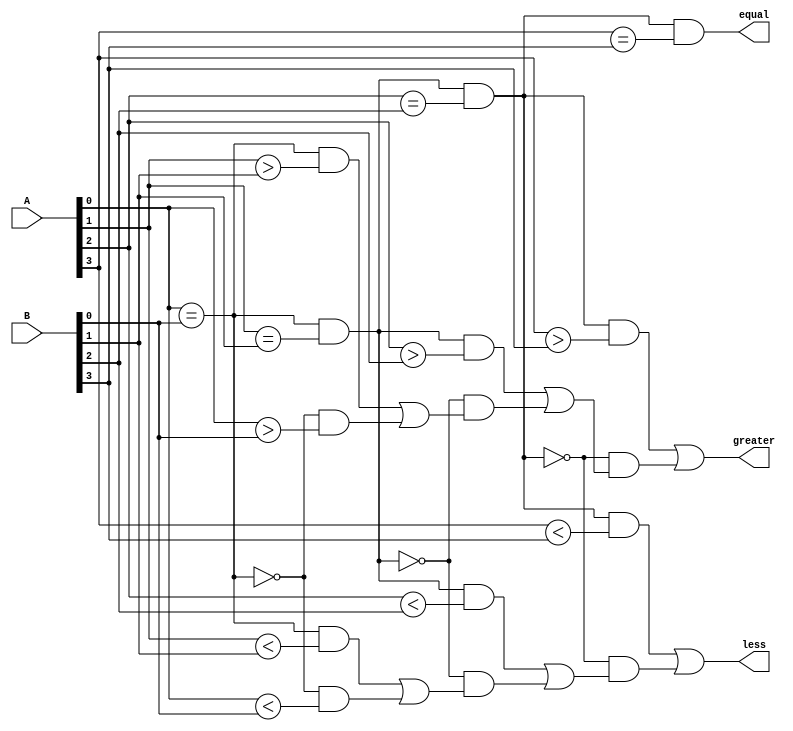
module parallel_comparator (
    input [3:0] A,
    input [3:0] B,
    output equal,
    output greater,
    output less
);

wire eq_0, gt_0, lt_0;
wire eq_1, gt_1, lt_1;
wire eq_2, gt_2, lt_2;
wire eq_3, gt_3, lt_3;

// First stage of comparison
assign eq_0 = (A[0] == B[0]);
assign gt_0 = (A[0] > B[0]);
assign lt_0 = (A[0] < B[0]);

// Second stage of comparison
assign eq_1 = eq_0 & (A[1] == B[1]);
assign gt_1 = (eq_0 & (A[1] > B[1])) | (!eq_0 & gt_0);
assign lt_1 = (eq_0 & (A[1] < B[1])) | (!eq_0 & lt_0);

// Third stage of comparison
assign eq_2 = eq_1 & (A[2] == B[2]);
assign gt_2 = (eq_1 & (A[2] > B[2])) | (!eq_1 & gt_1);
assign lt_2 = (eq_1 & (A[2] < B[2])) | (!eq_1 & lt_1);

// Fourth stage of comparison
assign eq_3 = eq_2 & (A[3] == B[3]);
assign gt_3 = (eq_2 & (A[3] > B[3])) | (!eq_2 & gt_2);
assign lt_3 = (eq_2 & (A[3] < B[3])) | (!eq_2 & lt_2);

// Final output
assign equal = eq_3;
assign greater = gt_3;
assign less = lt_3;

endmodule